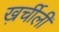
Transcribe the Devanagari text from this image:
ख़र्चीली